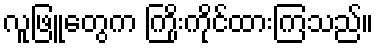
လူဖြူတွေက ကြိုးကိုင်ထားကြသည်။